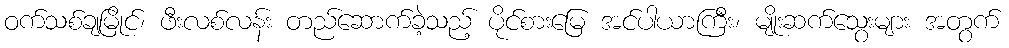
ဝက်သစ်ချမြိုင်၊ ဖီးလစ်လန်း တည်ဆောက်ခဲ့သည့် ပိုင်စားမြေ အင်ပါယာကြီး၊ မျိုးဆက်သွေးများ အတွက်